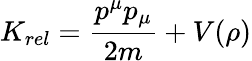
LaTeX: K_{rel}={\frac{p^{\mu}p_{\mu}}{2m}}+V(\rho)